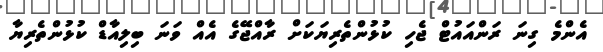
އެންމެ ގިނަ ރަންއައުޓް ޖެހި ކުޅުންތެރިޔަކަށް ރާއްޖޭގެ އެއް ވަނަ ބިލިއާޑް ކުޅުންތެރިޔާ